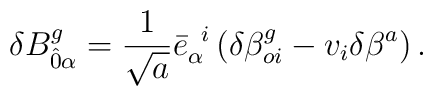
\delta B^{g}_{\hat{0}\alpha} = \frac{1}{\sqrt{a}}{\bar{e}}_{\alpha}^{\;\;i} \left(\delta {\beta}^{g}_{oi} - v_{i}\delta \beta^{a} \right).